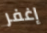
إغفر